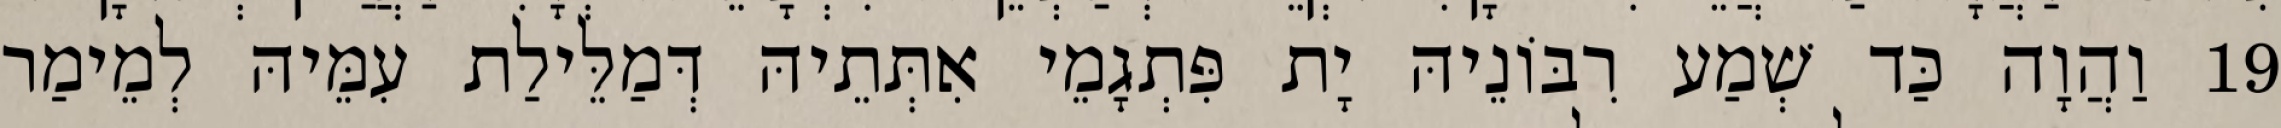
19 וַהֲוָה כַּד שְׁמַע רִבּוֹנֵיהּ יָת פִּתְגָמֵי אִתְּתֵיהּ דְּמַלֵּילַת עִמֵּיהּ לְמֵימַר